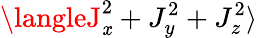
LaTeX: \langleJ_{\mathit{x}}^{2}+J_{y}^{2}+J_{z}^{2}\rangle